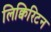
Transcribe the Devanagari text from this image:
लिक्विरिटन